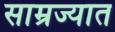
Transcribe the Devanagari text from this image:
साम्रज्यात